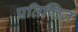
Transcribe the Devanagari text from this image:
प्रतिष्‍ठित